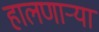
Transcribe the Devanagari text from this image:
हालणार्‍या